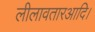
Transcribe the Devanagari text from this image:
लीलावतारआदि।